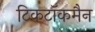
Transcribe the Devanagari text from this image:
टिकटॉकमैन